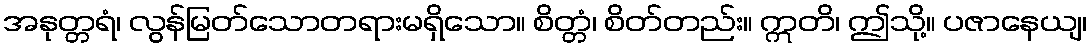
အနုတ္တရံ၊ လွန်မြတ်သောတရားမရှိသော။ စိတ္တံ၊ စိတ်တည်း။ ဣတိ၊ ဤသို့။ ပဇာနေယျ၊